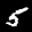
Label: 5